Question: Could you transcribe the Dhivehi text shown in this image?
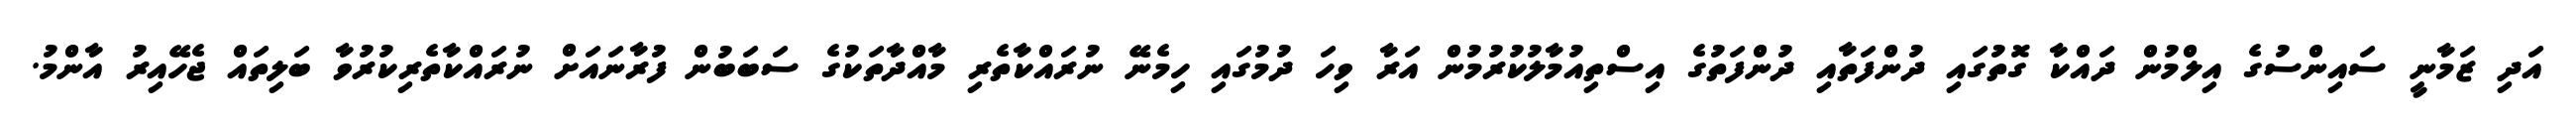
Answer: އަދި ޒަމާނީ ސައިންސުގެ އިލްމުން ދައްކާ ގޮތުގައި ދުންފަތާއި ދުންފަތުގެ އިސްތިއުމާލުކުރުމުން އަރާ ވިހަ ދުމުގައި ހިމެނޭ ނުރައްކާތެރި މާއްދާތަކުގެ ސަބަބުން ފުރާނައަށް ނުރައްކާތެރިކުރުވާ ބަލިތައް ޖެހޭއިރު އާންމު.